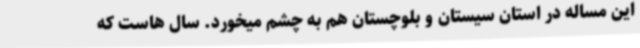
این مساله در استان سیستان و بلوچستان هم به چشم میخورد. سال هاست که